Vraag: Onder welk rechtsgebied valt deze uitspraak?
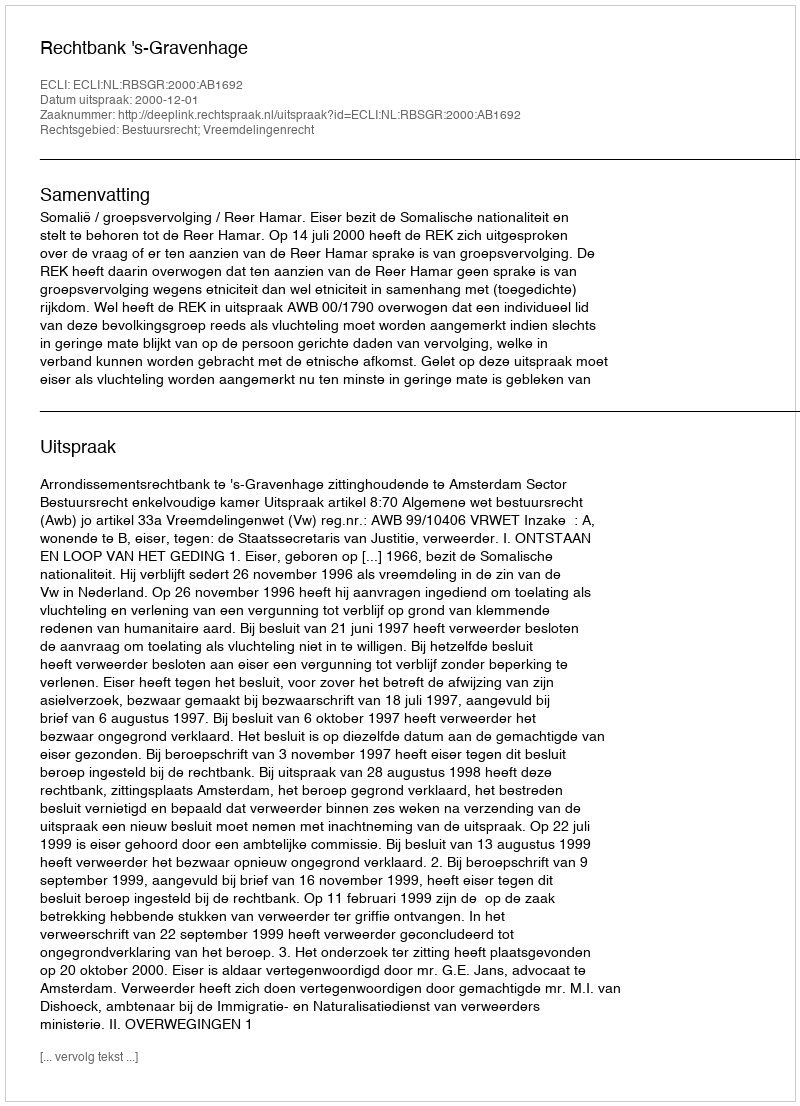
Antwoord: Bestuursrecht; Vreemdelingenrecht